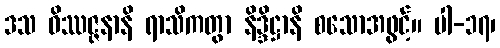
ဒသ ဝိဿဇ္ဇနာနိ ရာသိကတွာ နိဒ္ဒိဋ္ဌာနိ စသောအဖွင့်။ ပါ-၁၇၊